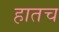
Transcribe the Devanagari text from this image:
हातच